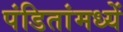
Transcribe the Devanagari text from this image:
पंडितांमध्यें